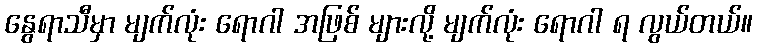
နွေရာသီမှာ မျက်လုံး ရောဂါ အဖြစ် များလို့ မျက်လုံး ရောဂါ ရ လွယ်တယ်။